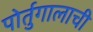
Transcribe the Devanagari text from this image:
पोर्तुगालाची